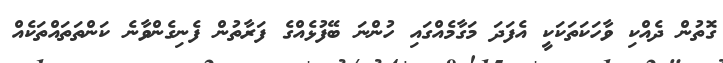
ގޮތުން ދެއްކި ވާހަކަތަކަކީ އެފަދަ މަގާމެއްގައި ހުންނަ ބޭފުޅެއްގެ ފަރާތުން ފެނިގެންވާނެ ކަންތަތައްތަކެއް